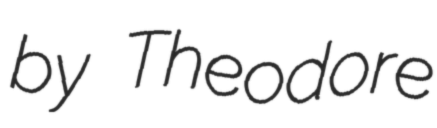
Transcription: by Theodore